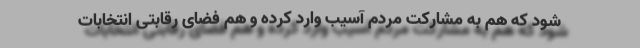
شود که هم به مشارکت مردم آسیب وارد کرده و هم فضای رقابتی انتخابات